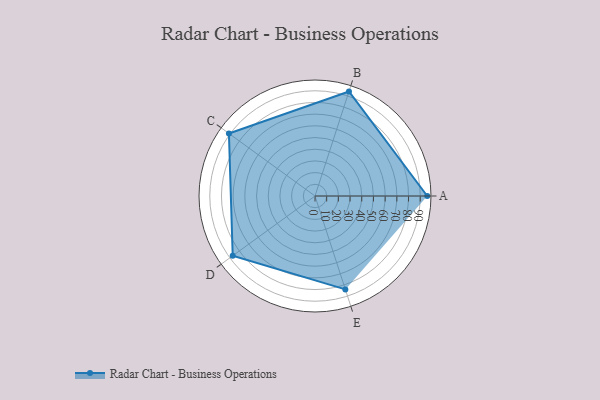
{"axis": {"x": "Skill", "y": "Score"}, "legend": ["Profile"], "data": [{"x": "A", "y": 96.0, "type": "Profile"}, {"x": "B", "y": 94.0, "type": "Profile"}, {"x": "C", "y": 91.0, "type": "Profile"}, {"x": "D", "y": 87.0, "type": "Profile"}, {"x": "E", "y": 84.0, "type": "Profile"}]}